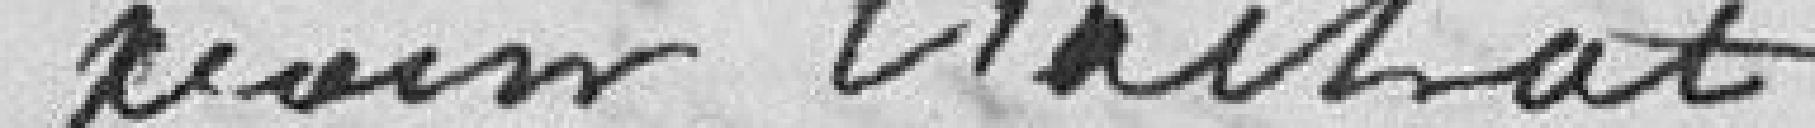
pour l'achat